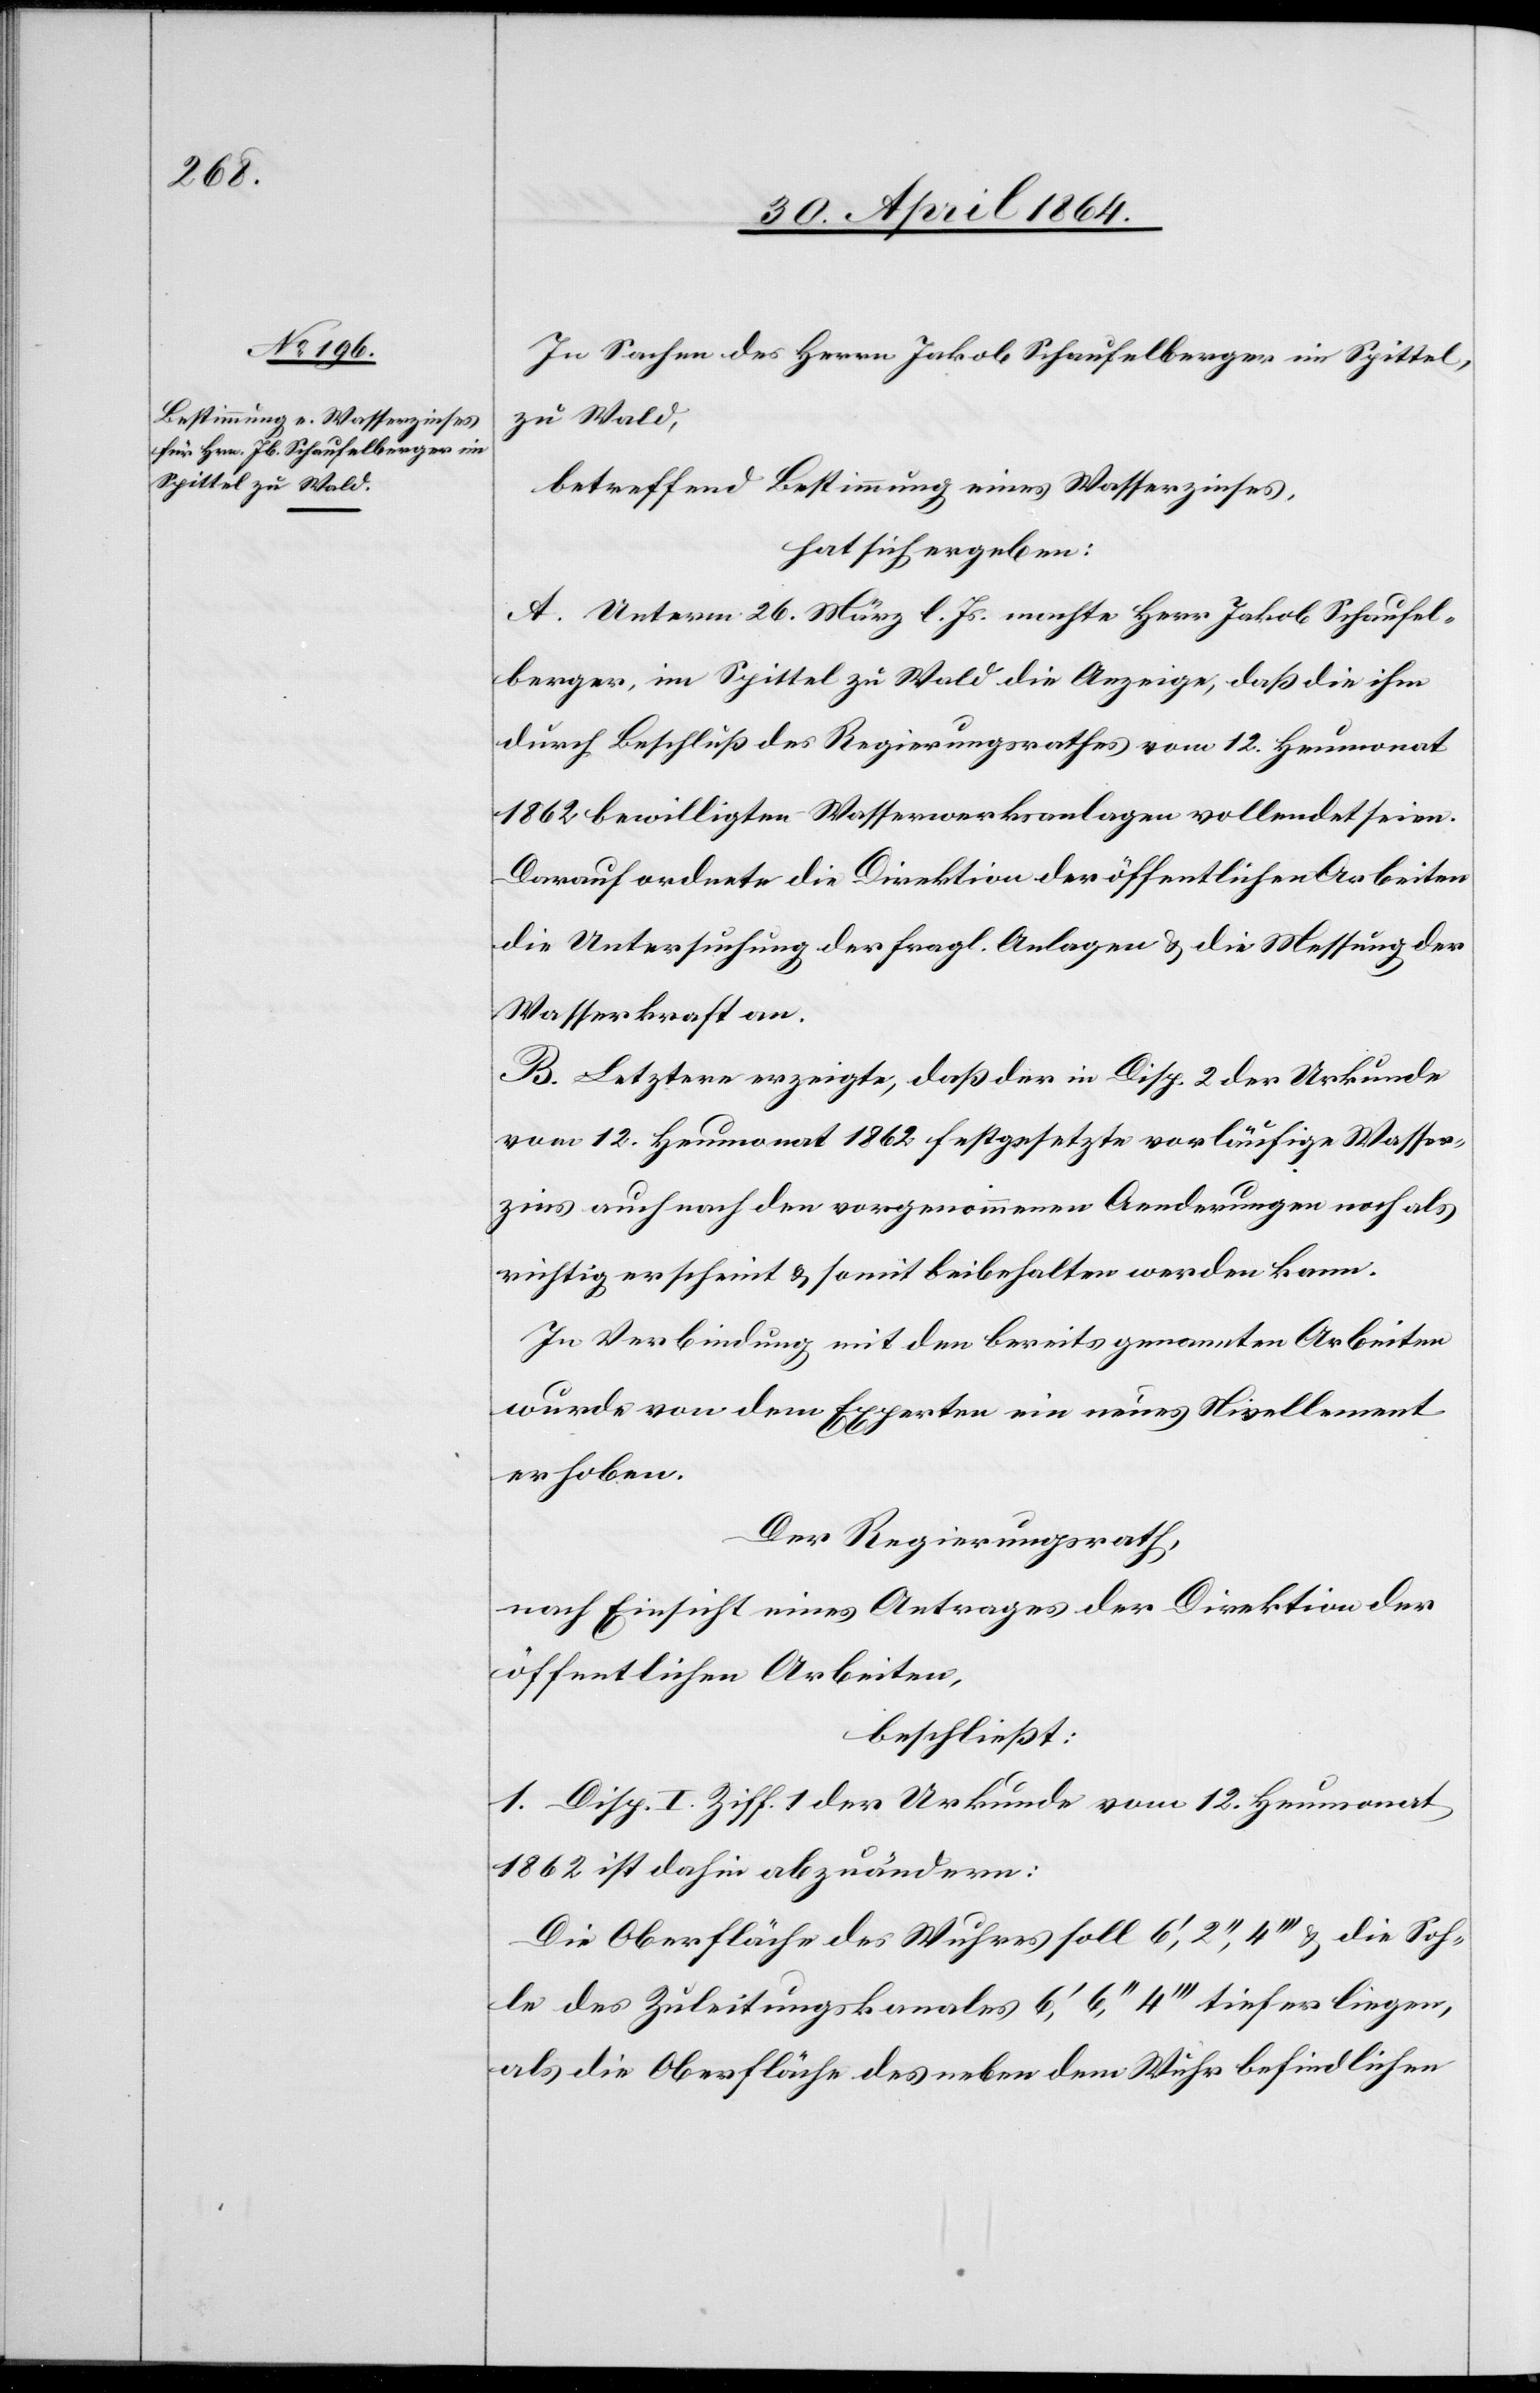
In Sachen des Herrn Jakob Schaufelberger im Spittel,
zu Wald
betreffend Bestimmung eines Wasserzinses,
hat sich ergeben:
A. Unterm 26. März l. Js. machte Herr Jakob Schaufel¬
berger, im Spittel zu Wald die Anzeige, daß die ihm
durch Beschluß des Regierungsrathes vom 12. Heumonat
1862 bewilligten Wasserwerksanlagen vollendet seien.
Darauf ordnete die Direktion der öffentlichen Arbeiten
die Untersuchung der fragl. Anlagen u. die Messung der
Wasserkraft an.
B. Letztere erzeigte, daß der in Disp. 2 der Urkunde
vom 12. Heumonat 1862 festgesetzte vorläufige Wasser¬
zins auch nach den vorgenommenen Aenderungen noch als
richtig erscheint u. somit beibehalten werden kann.
In Verbindung mit den bereits genannten Arbeiten
wurde von dem Experten ein neues Nivellement
erhoben.
Der Regierungsrath,
nach Einsicht eines Antrages der Direktion der
öffentlichen Arbeiten,
beschließt:
1. Disp. I. Ziff. 1 der Urkunde vom 12. Heumonat
1862 ist dahin abzuändern:
Die Oberfläche des Wuhres soll 6’, 2’’, 4’’’ u. die Soh¬
le des Zuleitungskanales 6’, 6’’ 4’’’ tiefer liegen,
als die Oberfläche des neben dem Wuhr befindlichen